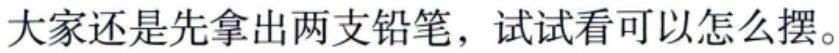
大家还是先拿出两支铅笔，试试看可以怎么摆。